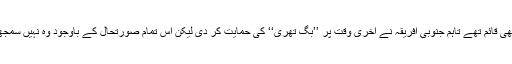
اس موقف پر ہمارے ساتھ سری لنکا اور جنوبی افریقہ بھی قائم تھے تاہم جنوبی افریقہ نے آخری وقت پر ’’بگ تھری‘‘ کی حمایت کر دی لیکن اس تمام صورتحال کے باوجود وہ نہیں سمجھتے کہ پاکستان بین الاقوامی کرکٹ میں تنہا ہو گیا ہے۔